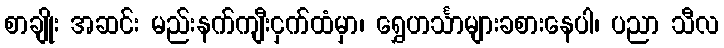
စာချိုး အဆင်း မည်းနက်ကျီးငှက်ထံမှာ၊ ရွှေဟင်္သာများခစားနေပါ၊ ပညာ သီလ